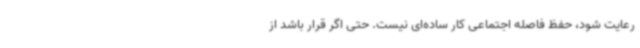
رعایت شود، حفظ فاصله اجتماعی کار ساده‌ای نیست. حتی اگر قرار باشد از